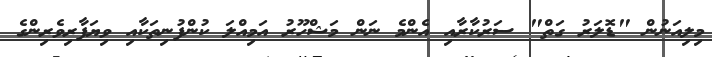
މިލިއަނުން "ޑޮލަރު ގަތް" ސަރުކާރާއި އެންމެ ނަން މަޝްހޫރު އަމިއްލަ ކުންފުނިތަކާއި ވިޔަފާރިވެރިންގެ